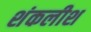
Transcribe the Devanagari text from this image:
शंकलीश